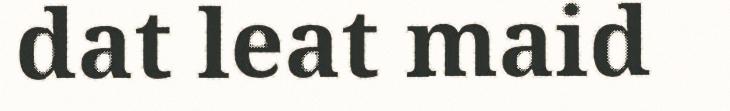
dat leat maid